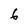
Character: 6